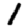
Digit: 1